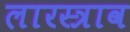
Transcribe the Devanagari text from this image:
लारस्त्राव